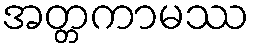
အတ္တကာမဿ